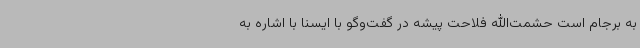
به برجام است حشمت‌الله فلاحت پیشه در گفت‌وگو با ایسنا با اشاره به